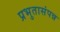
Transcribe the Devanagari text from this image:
प्रभुतासंपन्न